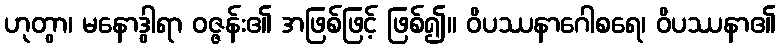
ဟုတွာ၊ မနောဒွါရာ ဝဇ္ဇန်း၏ အဖြစ်ဖြင့် ဖြစ်၍။ ဝိပဿနာဂေါစရေ၊ ဝိပဿနာ၏